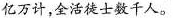
亿万计，全活徒士数千人。